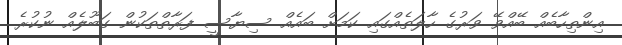
އިންތިހާބެއް ބޭއްވޭ ވަރުގެ ހާލަތެއްގައި ކަމަށް ބައެއް ސިޔާސީ ފަރާތްތަކުން ގަބޫލެއް ނުކުރެ